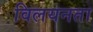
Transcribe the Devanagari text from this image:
विलयनता